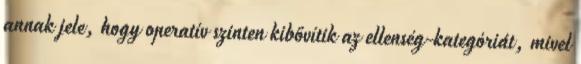
annak jele, hogy operatív szinten kibővítik az ellenség-kategóriát, mivel